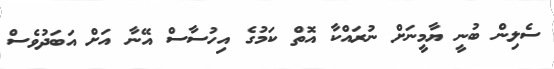
ސެލިން ބުނީ ޔާމީނަށް ނުރައްކާ އޮތް ކަމުގެ އިހުސާސް އޭނާ އަށް އަބަދުވެސް